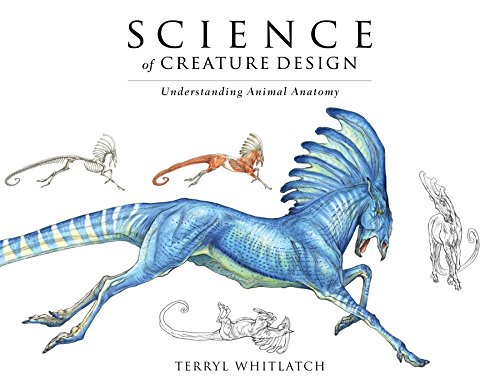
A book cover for Science of Creature Design: understanding animal anatomy; Terryl Whitlatch; Arts & Photography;